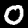
Label: 0